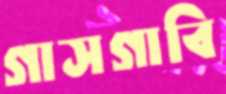
গাসগাবি